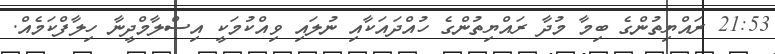
21:53 ރައްޔިތުންގެ ބިމާ މުދާ ރައްޔިތުންގެ ހުއްދައަކާއި ނުލައި ވިއްކުމަކީ އިސްލާމްދީނާ ހިލާފްކަމެއް.